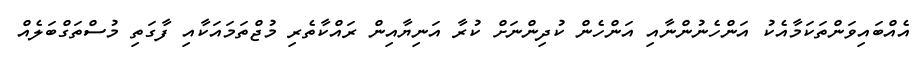
އެއްބައިވަންތަކަމާއެކު އަންހެނުންނާއި އަންހެން ކުދިންނަށް ކުރާ އަނިޔާއިން ރައްކާތެރި މުޖްތަމައަކާއި ފާގަތި މުސްތަގްބަލެއް